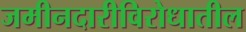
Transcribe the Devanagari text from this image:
जमीनदारीविरोधातील